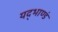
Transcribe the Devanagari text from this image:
यद्भाण्डं